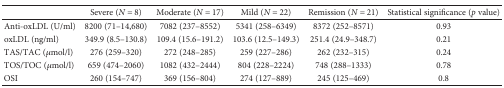
|  | Severe (N = 8) | Moderate (N = 17) | Mild (N = 22) | Remission (N = 21) | Statistical significance (p value) |
 | --- | --- | --- | --- | --- | --- |
 | Anti-oxLDL (U/ml) | 8200 (71–14,680) | 7082 (237–8552) | 5341 (258–6349) | 8372 (252–8571) | 0.93 |
 | oxLDL (ng/ml) | 349.9 (8.5–130.8) | 109.4 (15.6–191.2) | 103.6 (12.5–149.3) | 251.4 (24.9–348.7) | 0.21 |
 | TAS/TAC (μmol/l) | 276 (259–320) | 272 (248–285) | 259 (227–286) | 262 (232–315) | 0.24 |
 | TOS/TOC (μmol/l) | 659 (474–2060) | 1082 (432–2444) | 804 (228–2224) | 748 (288–1333) | 0.78 |
 | OSI | 260 (154–747) | 369 (156–804) | 274 (127–889) | 245 (125–469) | 0.8 |